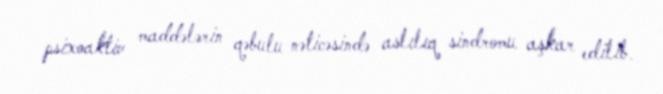
psixoaktiv maddələrin qəbulu nəticəsində aslılıq sindromu aşkar edilib.